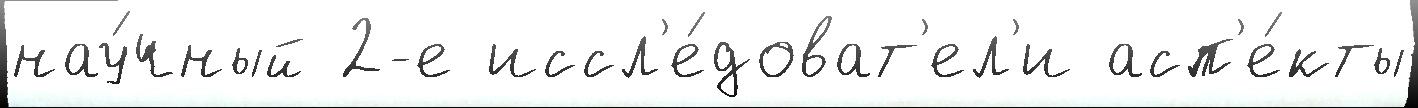
нау́чный 2-е иссл'е́доват'ел'и асп'е́кты